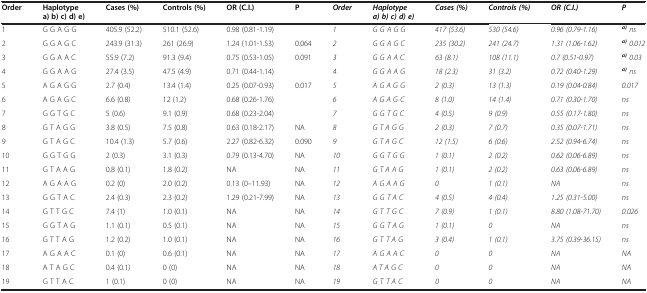
<table><thead><tr><td><b>Order</b></td><td><b>Haplotype a) b) c) d) e)</b></td><td><b>Cases (%)</b></td><td><b>Controls (%)</b></td><td><b>OR (C.I.)</b></td><td><b>P</b></td><td><b><i>Order</i></b></td><td><b><i>Haplotype</i><i> a) b) c) d) e)</i></b></td><td><b><i>Cases (%)</i></b></td><td><b><i>Controls (%)</i></b></td><td><b><i>OR (C.I.)</i></b></td><td><b><i>P</i></b></td></tr></thead><tbody><tr><td>1</td><td>G G A G G</td><td>405.9 (52.2)</td><td>510.1 (52.6)</td><td>0.98 (0.81-1.19)</td><td> </td><td><i>1</i></td><td><i>G G A G G</i></td><td><i>417 (53.6)</i></td><td><i>530 (54.6)</i></td><td><i>0.96 (0.79-1.16)</i></td><td><sup><b><i>a)</i></b></sup><i>ns</i></td></tr><tr><td>2</td><td>G G A G C</td><td>243.9 (31.3)</td><td>261 (26.9)</td><td>1.24 (1.01-1.53)</td><td>0.064</td><td><i>2</i></td><td><i>G G A G C</i></td><td><i>235 (30.2)</i></td><td><i>241 (24.7)</i></td><td><i>1.31 (1.06-1.62)</i></td><td><sup><b><i>a)</i></b></sup><i>0.012</i></td></tr><tr><td>3</td><td>G G A A C</td><td>55.9 (7.2)</td><td>91.3 (9.4)</td><td>0.75 (0.53-1.05)</td><td>0.091</td><td><i>3</i></td><td><i>G G A A C</i></td><td><i>63 (8.1)</i></td><td><i>108 (11.1)</i></td><td><i>0.7 (0.51-0.97)</i></td><td><sup><b><i>a)</i></b></sup><i>0.03</i></td></tr><tr><td>4</td><td>G G A A G</td><td>27.4 (3.5)</td><td>47.5 (4.9)</td><td>0.71 (0.44-1.14)</td><td> </td><td><i>4</i></td><td><i>G G A A G</i></td><td><i>18 (2.3)</i></td><td><i>31 (3.2)</i></td><td><i>0.72 (0.40-1.29)</i></td><td><sup><b><i>a)</i></b></sup><i>ns</i></td></tr><tr><td>5</td><td>A G A G G</td><td>2.7 (0.4)</td><td>13.4 (1.4)</td><td>0.25 (0.07-0.93)</td><td>0.017</td><td><i>5</i></td><td><i>A G A G G</i></td><td><i>2 (0.3)</i></td><td><i>13 (1.3)</i></td><td><i>0.19 (0.04-0.84)</i></td><td><i>0.017</i></td></tr><tr><td>6</td><td>A G A G C</td><td>6.6 (0.8)</td><td>12 (1.2)</td><td>0.68 (0.26-1.76)</td><td> </td><td><i>6</i></td><td><i>A G A G C</i></td><td><i>8 (1.0)</i></td><td><i>14 (1.4)</i></td><td><i>0.71 (0.30-1.70)</i></td><td><i>ns</i></td></tr><tr><td>7</td><td>G G T G C</td><td>5 (0.6)</td><td>9.1 (0.9)</td><td>0.68 (0.23-2.04)</td><td> </td><td><i>7</i></td><td><i>G G T G C</i></td><td><i>4 (0.5)</i></td><td><i>9 (0.9)</i></td><td><i>0.55 (0.17-1.80)</i></td><td><i>ns</i></td></tr><tr><td>8</td><td>G T A G G</td><td>3.8 (0.5)</td><td>7.5 (0.8)</td><td>0.63 (0.18-2.17)</td><td>NA</td><td><i>8</i></td><td><i>G T A G G</i></td><td><i>2 (0.3)</i></td><td><i>7 (0.7)</i></td><td><i>0.35 (0.07-1.71)</i></td><td><i>ns</i></td></tr><tr><td>9</td><td>G T A G C</td><td>10.4 (1.3)</td><td>5.7 (0.6)</td><td>2.27 (0.82-6.32)</td><td>0.090</td><td><i>9</i></td><td><i>G T A G C</i></td><td><i>12 (1.5)</i></td><td><i>6 (0.6)</i></td><td><i>2.52 (0.94-6.74)</i></td><td><i>ns</i></td></tr><tr><td>10</td><td>G G T G G</td><td>2 (0.3)</td><td>3.1 (0.3)</td><td>0.79 (0.13-4.70)</td><td>NA</td><td><i>10</i></td><td><i>G G T G G</i></td><td><i>1 (0.1)</i></td><td><i>2 (0.2)</i></td><td><i>0.62 (0.06-6.89)</i></td><td><i>ns</i></td></tr><tr><td>11</td><td>G T A A G</td><td>0.8 (0.1)</td><td>1.8 (0.2)</td><td>NA</td><td>NA</td><td><i>11</i></td><td><i>G T A A G</i></td><td><i>1 (0.1)</i></td><td><i>2 (0.2)</i></td><td><i>0.63 (0.06-6.89)</i></td><td><i>ns</i></td></tr><tr><td>12</td><td>A G A A G</td><td>0.2 (0)</td><td>2.0 (0.2)</td><td>0.13 (0–11.93)</td><td>NA</td><td><i>12</i></td><td><i>A G A A G</i></td><td><i>0</i></td><td><i>1 (0.1)</i></td><td><i>NA</i></td><td><i>ns</i></td></tr><tr><td>13</td><td>G G T A C</td><td>2.4 (0.3)</td><td>2.3 (0.2)</td><td>1.29 (0.21-7.99)</td><td>NA</td><td><i>13</i></td><td><i>G G T A C</i></td><td><i>4 (0.5)</i></td><td><i>4 (0.4)</i></td><td><i>1.25 (0.31-5.00)</i></td><td><i>ns</i></td></tr><tr><td>14</td><td>G T T G C</td><td>7.4 (1)</td><td>1.0 (0.1)</td><td>NA</td><td>NA</td><td><i>14</i></td><td><i>G T T G C</i></td><td><i>7 (0.9)</i></td><td><i>1 (0.1)</i></td><td><i>8.80 (1.08-71.70)</i></td><td><i>0.026</i></td></tr><tr><td>15</td><td>G G T A G</td><td>1.1 (0.1)</td><td>0.5 (0.1)</td><td>NA</td><td>NA</td><td><i>15</i></td><td><i>G G T A G</i></td><td><i>1 (0.1)</i></td><td><i>0</i></td><td><i>NA</i></td><td><i>ns</i></td></tr><tr><td>16</td><td>G T T A G</td><td>1.2 (0.2)</td><td>1.0 (0.1)</td><td>NA</td><td>NA</td><td><i>16</i></td><td><i>G T T A G</i></td><td><i>3 (0.4)</i></td><td><i>1 (0.1)</i></td><td><i>3.75 (0.39-36.15)</i></td><td><i>ns</i></td></tr><tr><td>17</td><td>A G A A C</td><td>0.1 (0)</td><td>0.6 (0.1)</td><td>NA</td><td>NA</td><td><i>17</i></td><td><i>A G A A C</i></td><td><i>0</i></td><td><i>0</i></td><td><i>NA</i></td><td><i>NA</i></td></tr><tr><td>18</td><td>A T A G C</td><td>0.4 (0.1)</td><td>0 (0)</td><td>NA</td><td>NA</td><td><i>18</i></td><td><i>A T A G C</i></td><td><i>0</i></td><td><i>0</i></td><td><i>NA</i></td><td><i>NA</i></td></tr><tr><td>19</td><td>G T T A C</td><td>1 (0.1)</td><td>0 (0)</td><td>NA</td><td>NA</td><td><i>19</i></td><td><i>G T T A C</i></td><td><i>0</i></td><td><i>0</i></td><td><i>NA</i></td><td><i>NA</i></td></tr></tbody></table>